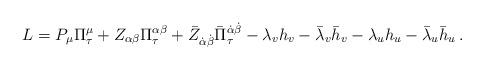
LaTeX: \begin{align*}L=P_\mu\Pi^\mu_\tau +Z_{\alpha\beta}\Pi^{\alpha\beta}_\tau +\bar Z_{\dot\alpha\dot\beta}\bar\Pi^{\dot\alpha\dot\beta}_\tau -\lambda_v h_v - \bar\lambda_v \bar h_v -\lambda_u h_u - \bar\lambda_u \bar h_u \, .\end{align*}